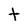
Character: t